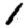
Digit: 1